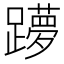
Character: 𲄌